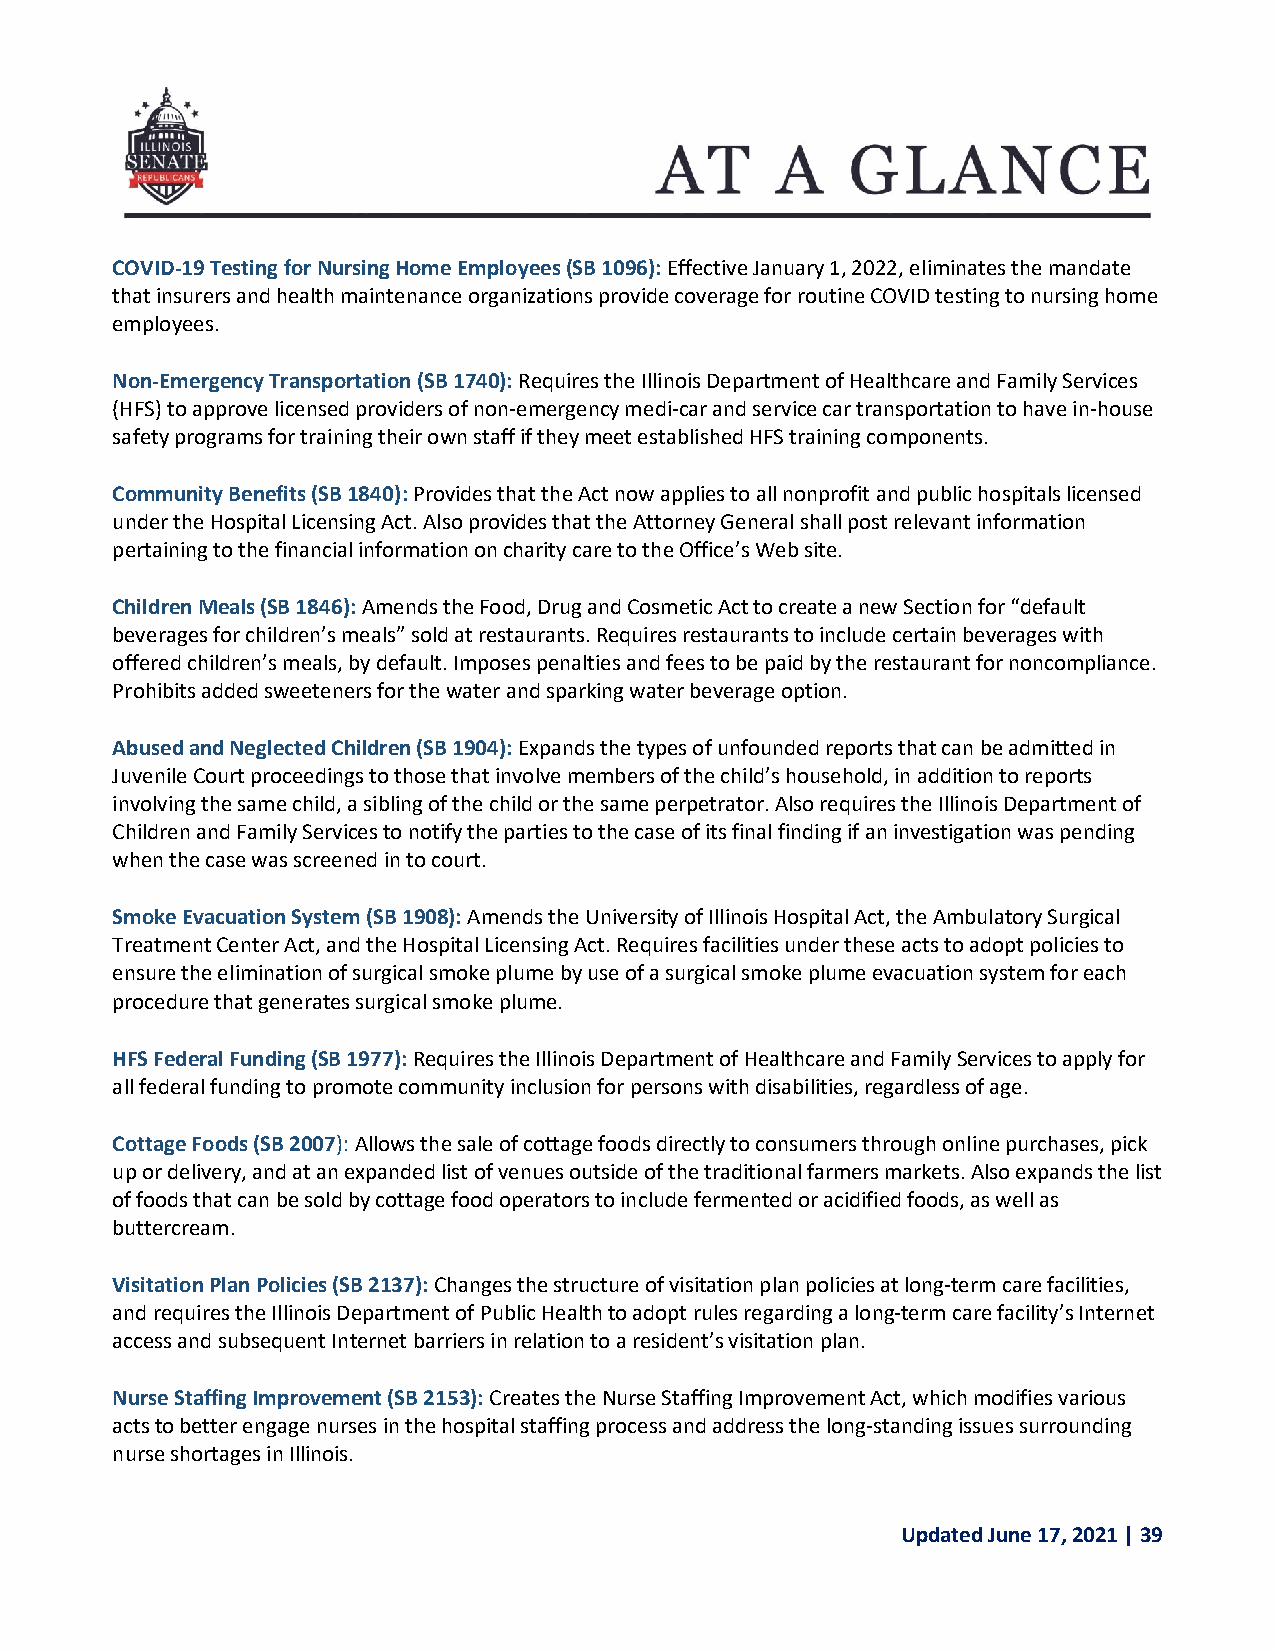
COVID-19 Testing for Nursing Home Employees (SB 1096): Effective January 1, 2022, eliminates the mandate
 that insurers and health maintenance organizations provide coverage for routine COVID testing to nursing home
 employees.
 Non-Emergency Transportation (SB 1740): Requires the Illinois Department of Healthcare and Family Services
 (HFS) to approve licensed providers of non-emergency medi-car and service car transportation to have in-house
 safety programs for training their own staff if they meet established HFS training components.
 Community Benefits (SB 1840): Provides that the Act now applies to all nonprofit and public hospitals licensed
 under the Hospital Licensing Act. Also provides that the Attorney General shall post relevant information
 pertaining to the financial information on charity care to the Office’s Web site.
 Children Meals (SB 1846): Amends the Food, Drug and Cosmetic Act to create a new Section for “default
 beverages for children’s meals” sold at restaurants. Requires restaurants to include certain beverages with
 offered children’s meals, by default. Imposes penalties and fees to be paid by the restaurant for noncompliance.
 Prohibits added sweeteners for the water and sparking water beverage option.
 Abused and Neglected Children (SB 1904): Expands the types of unfounded reports that can be admitted in
 Juvenile Court proceedings to those that involve members of the child’s household, in addition to reports
 involving the same child, a sibling of the child or the same perpetrator. Also requires the Illinois Department of
 Children and Family Services to notify the parties to the case of its final finding if an investigation was pending
 when the case was screened in to court.
 Smoke Evacuation System (SB 1908): Amends the University of Illinois Hospital Act, the Ambulatory Surgical
 Treatment Center Act, and the Hospital Licensing Act. Requires facilities under these acts to adopt policies to
 ensure the elimination of surgical smoke plume by use of a surgical smoke plume evacuation system for each
 procedure that generates surgical smoke plume.
 HFS Federal Funding (SB 1977): Requires the Illinois Department of Healthcare and Family Services to apply for
 all federal funding to promote community inclusion for persons with disabilities, regardless of age.
 Cottage Foods (SB 2007): Allows the sale of cottage foods directly to consumers through online purchases, pick
 up or delivery, and at an expanded list of venues outside of the traditional farmers markets. Also expands the list
 of foods that can be sold by cottage food operators to include fermented or acidified foods, as well as
 buttercream.
 Visitation Plan Policies (SB 2137): Changes the structure of visitation plan policies at long-term care facilities,
 and requires the Illinois Department of Public Health to adopt rules regarding a long-term care facility’s Internet
 access and subsequent Internet barriers in relation to a resident’s visitation plan.
 Nurse Staffing Improvement (SB 2153): Creates the Nurse Staffing Improvement Act, which modifies various
 acts to better engage nurses in the hospital staffing process and address the long-standing issues surrounding
 nurse shortages in Illinois.
 Updated June 17, 2021 | 39